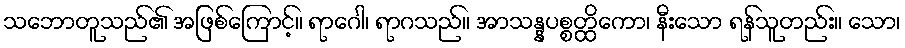
သဘောတူသည်၏ အဖြစ်ကြောင့်။ ရာဂေါ၊ ရာဂသည်။ အာသန္နပစ္စတ္ထိကော၊ နီးသော ရန်သူတည်း။ သော၊